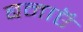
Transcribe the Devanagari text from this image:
बनाऍ